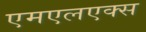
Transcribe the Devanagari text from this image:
एमएलएक्स